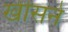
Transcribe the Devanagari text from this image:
खीसने